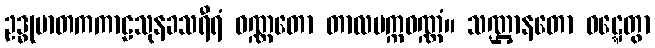
ဥဒ္ဓုမာတကကာဠသုနခသရီရံ ဝဏ္ဏတော တာလပက္ကဝဏ္ဏံ။ သဏ္ဌာနတော ဝဋ္ဋေတွာ